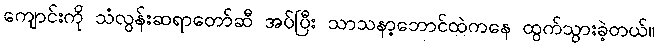
ကျောင်းကို သံလွန်းဆရာတော်ဆီ အပ်ပြီး သာသနာ့ဘောင်ထဲကနေ ထွက်သွားခဲ့တယ်။